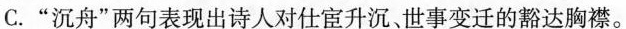
C.”沉舟”两句表现出诗人对仕宦升沉、世事变迁的豁达胸襟。